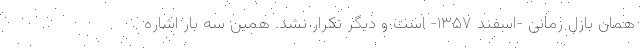
همان بازل زمانی -اسفند ۱۳۵۷- است و دیگر تکرار نشد. همین سه بار اشاره